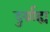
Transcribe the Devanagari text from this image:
दुर्ग्राह्य